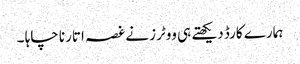
ہمارے کارڈ دیکھتے ہی ووٹرز نے غصہ اتارنا چاہا ۔